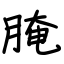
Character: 腌